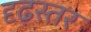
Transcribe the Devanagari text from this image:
दृढ़स्तर